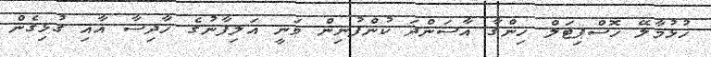
ހުޅުމާލޭ ހޮސްޕިޓަލް ހިންގާ އާސަންދަ ކުންފުނިން ވަނީ އަލިފާނުގެ ހާދިސާ އާއި ގުޅިގެން